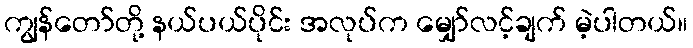
ကျွန်တော်တို့ နယ်ပယ်ပိုင်း အလုပ်က မျှော်လင့်ချက် မဲ့ပါတယ်။